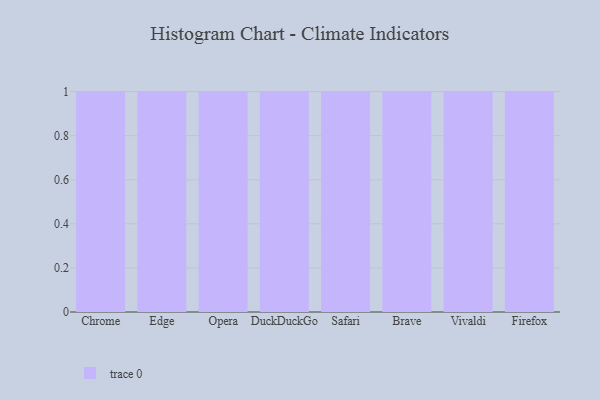
{"axis": {"x": "Browser", "y": "Backlog"}, "legend": [""], "data": [{"x": "Chrome", "y": 65, "type": ""}, {"x": "Edge", "y": 7, "type": ""}, {"x": "Opera", "y": 77, "type": ""}, {"x": "DuckDuckGo", "y": 67, "type": ""}, {"x": "Safari", "y": 49, "type": ""}, {"x": "Brave", "y": 50, "type": ""}, {"x": "Vivaldi", "y": 31, "type": ""}, {"x": "Firefox", "y": 43, "type": ""}]}